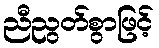
ညီညွတ်စွာဖြင့်